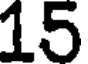
15